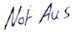
Text: Not Aus